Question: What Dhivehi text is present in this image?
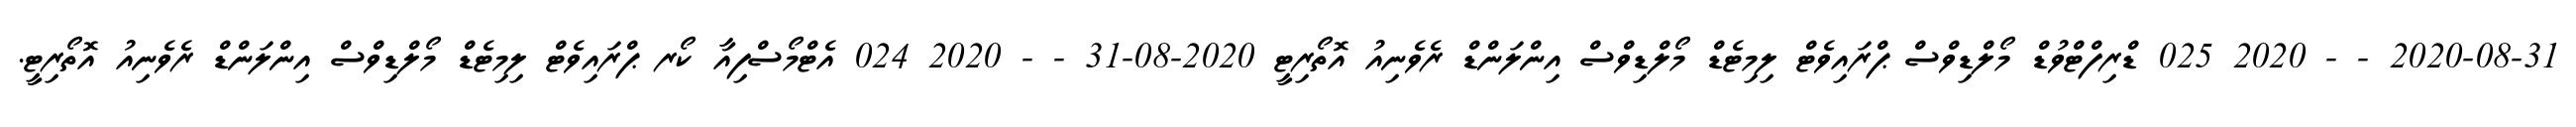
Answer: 2020-08-31 - - 2020 025 ޑްރިފްޓްވުޑް މޯލްޑިވްސް ޕްރައިވެޓް ލިމިޓެޑް މޯލްޑިވްސް އިންލަންޑް ރެވެނިއު އޮތޯރިޓީ 2020-08-31 - - 2020 024 އެޓްމޯސްފިއާ ކޯރ ޕްރައިވެޓް ލިމިޓެޑް މޯލްޑިވްސް އިންލަންޑް ރެވެނިއު އޮތޯރިޓީ.